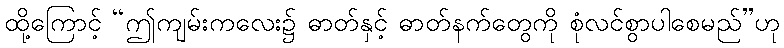
ထို့ကြောင့် “ဤကျမ်းကလေး၌ ဓာတ်နှင့် ဓာတ်နက်တွေကို စုံလင်စွာပါစေမည်”ဟု